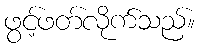
ဖွင့်ဖတ်လိုက်သည်။